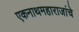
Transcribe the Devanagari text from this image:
एकनाथमहाराजांचे